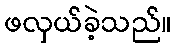
ဖလှယ်ခဲ့သည်။